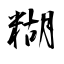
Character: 糊